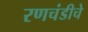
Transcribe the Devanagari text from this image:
रणचंडीचे